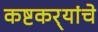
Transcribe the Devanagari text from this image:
कष्टकर्‍यांचे